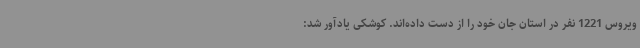
ویروس 1221 نفر در استان جان خود را از دست داده‌اند. کوشکی یادآور شد: